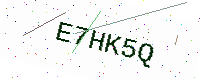
Text: E7HK5Q